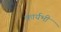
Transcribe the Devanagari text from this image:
कार्यभी